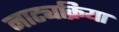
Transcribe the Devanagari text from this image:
नाट्यक्रिया